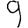
Digit: 9